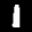
Label: 1